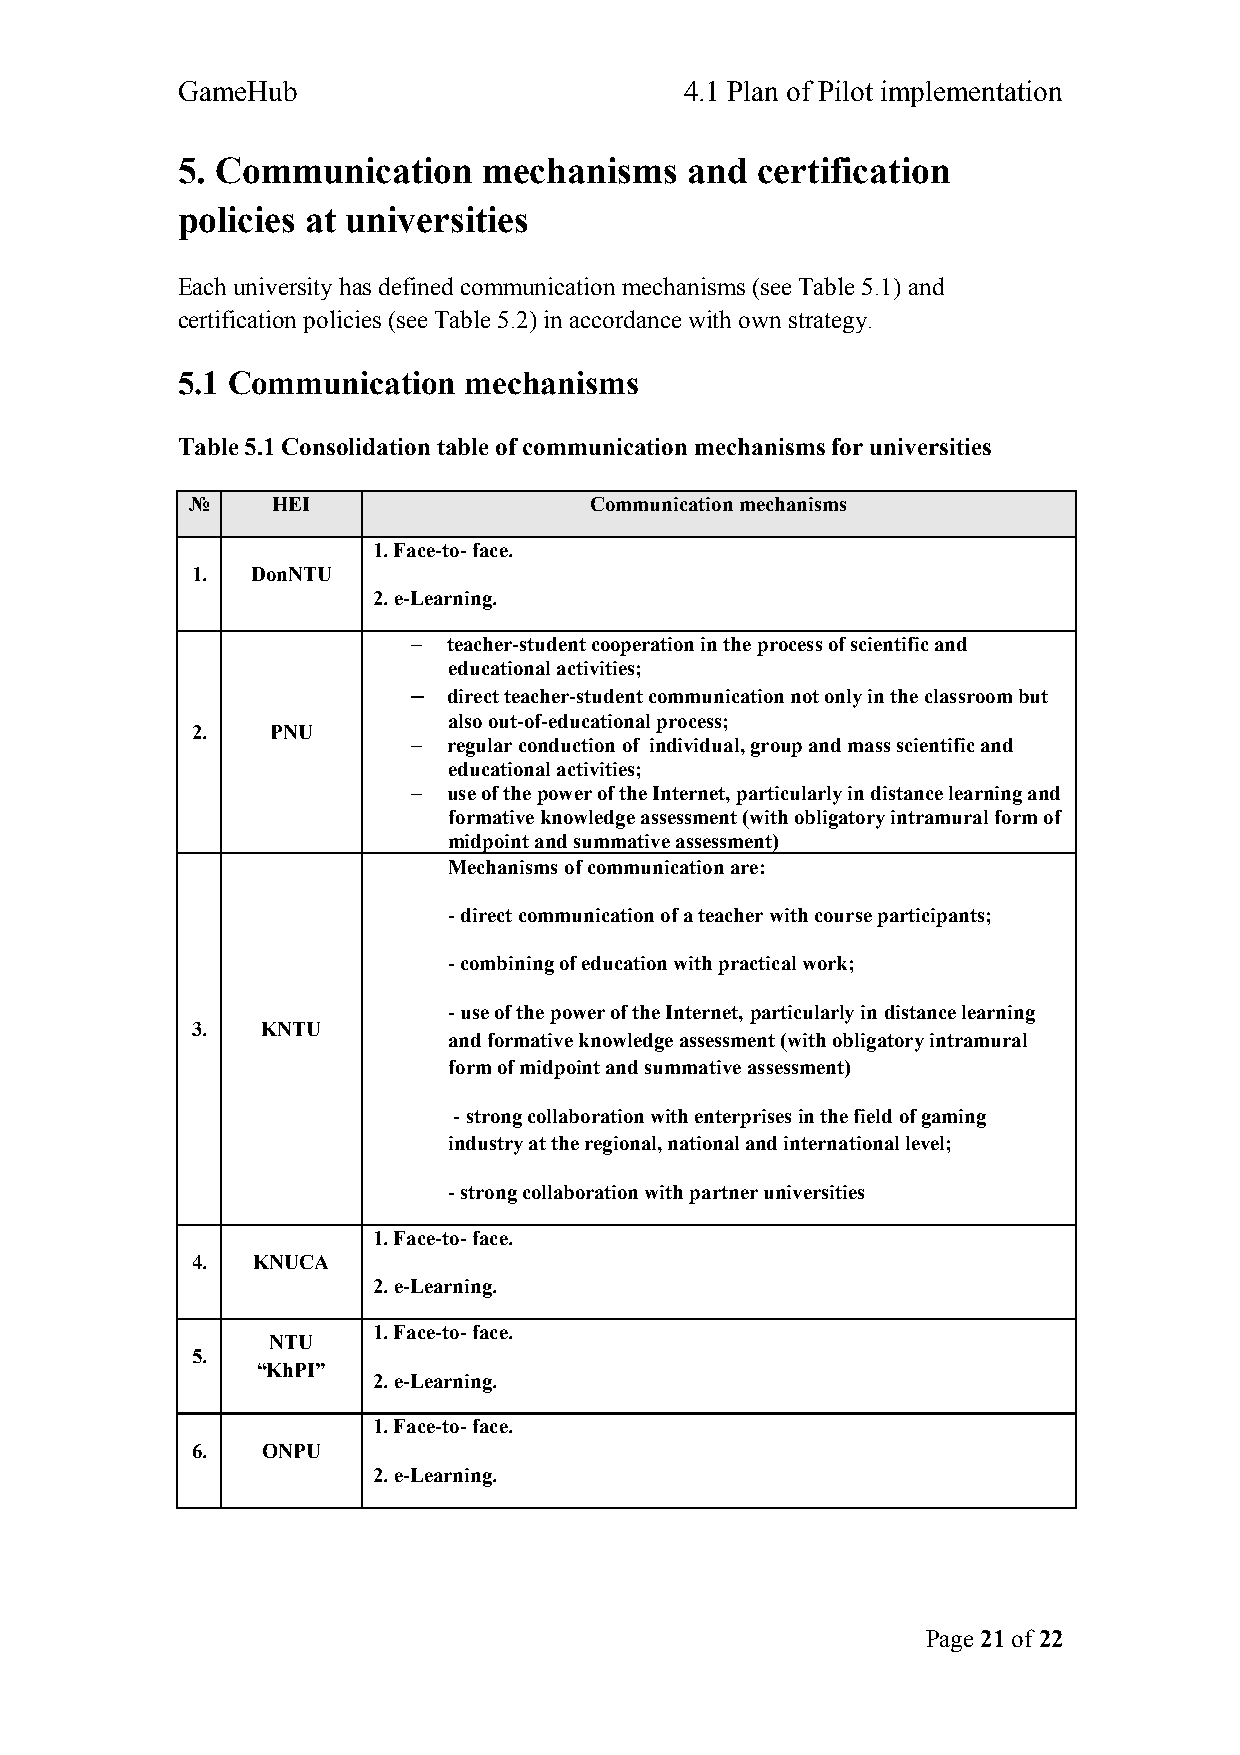
GameHub                          4.1 Plan of Pilot implementation
 5. Communication    mechanisms    and certification
 policies at universities
 Each university has defined communication mechanisms (see Table 5.1) and
 certification policies (see Table 5.2) in accordance with own strategy.
 5.1 Communication  mechanisms
 Table 5.1 Consolidation table of communication mechanisms for universities
 №     HEI                  Communication mechanisms
 1. Face-to- face.
 1.  DonNTU
 2. e-Learning.
 –  teacher-student cooperation in the process of scientific and
 educational activities;
 –  direct teacher-student communication not only in the classroom but
 also out-of-educational process;
 2.   PNU
 –  regular conduction of individual, group and mass scientific and
 educational activities;
 –  use of the power of the Internet, particularly in distance learning and
 formative knowledge assessment (with obligatory intramural form of
 midpoint and summative assessment)
 Mechanisms of communication are:
 - direct communication of a teacher with course participants;
 - combining of education with practical work;
 - use of the power of the Internet, particularly in distance learning
 3.  KNTU
 and formative knowledge assessment (with obligatory intramural
 form of midpoint and summative assessment)
 - strong collaboration with enterprises in the field of gaming
 industry at the regional, national and international level;
 - strong collaboration with partner universities
 1. Face-to- face.
 4.  KNUCA
 2. e-Learning.
 1. Face-to- face.
 NTU
 5.
 “KhPI”
 2. e-Learning.
 1. Face-to- face.
 6.  ONPU
 2. e-Learning.
 Page 21 of 22